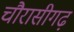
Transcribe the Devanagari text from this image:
चौरासीगढ़